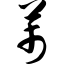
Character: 芾